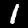
Digit: 1